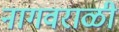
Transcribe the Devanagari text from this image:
नागवराळी